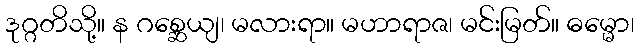
ဒုဂ္ဂတိသို့။ န ဂစ္ဆေယျ၊ မလားရာ။ မဟာရာဇ၊ မင်းမြတ်။ ဓမ္မော၊